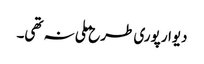
دیوار پوری طرح ملی نہ تھی۔